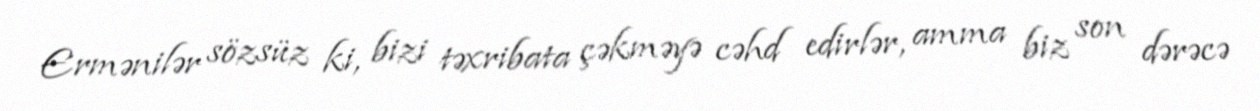
Ermənilər sözsüz ki, bizi təxribata çəkməyə cəhd edirlər, amma biz son dərəcə